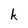
Character: k